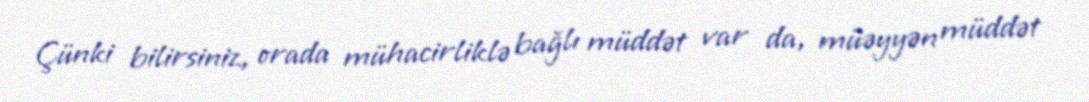
Çünki bilirsiniz, orada mühacirliklə bağlı müddət var da, müəyyən müddət